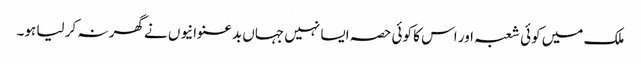
ملک میں کوئی شعبہ اور اس کا کوئی حصہ ایسا نہیں جہاں بدعنوانیوں نے گھر نہ کر لیا ہو۔